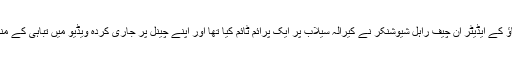
اسی طرح ٹائمز ناؤ کے ایڈیٹر ان چیف راہل شیوشنکر نے کیرالہ سیلاب پر ایک پرائم ٹائم کیا تھا اور اپنے چینل پر جاری کردہ ویڈیو میں تباہی کے منظر دکھائے تھے۔